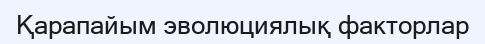
Қарапайым эволюциялық факторлар